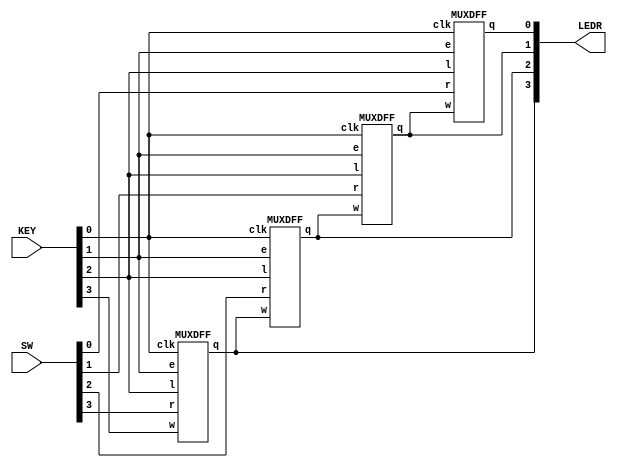
module top_module (
    input [3:0] SW,
    input [3:0] KEY,
    output [3:0] LEDR
); //
	wire e, l, w;
	wire[3:0]r;
	wire[3:0]q;
	
	assign e = KEY[1];
	assign l = KEY[2];
	assign w = KEY[3];
	assign r = SW;
	assign LEDR = q;
	MUXDFF d0(KEY[0],q[1],SW[0],e,l,q[0]);
	MUXDFF d1(KEY[0],q[2],SW[1],e,l,q[1]);
	MUXDFF d2(KEY[0],q[3],SW[2],e,l,q[2]);
	MUXDFF d3(KEY[0],   w,SW[3],e,l,q[3]);
endmodule

module MUXDFF (    
    input clk,
    input w, r, e, l,
    output reg q
);
	always@(posedge clk)begin
		q <= l? r: (e? w: q);
	end
endmodule